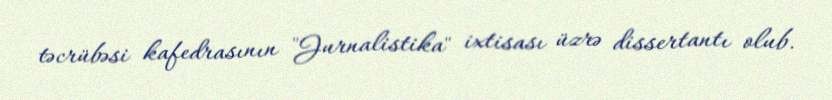
təcrübəsi kafedrasının "Jurnalistika" ixtisası üzrə dissertantı olub.